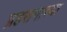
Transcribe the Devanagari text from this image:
प्रहसनाच्या